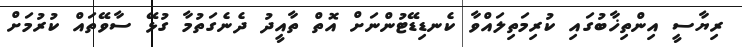
ރިޔާސީ އިންތިޚާބުގައި ކުރިމަތިލައްވާ ކެނޑިޑޭޓުންނަށް އޮތް ތާއީދު ދެނެގަތުމާ ގުޅޭ ސާވޭތައް ކުރުމަށް